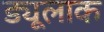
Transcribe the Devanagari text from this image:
ड्यूलाक